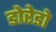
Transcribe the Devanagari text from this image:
डोरेडो